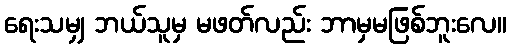
ရေးသမျှ ဘယ်သူမှ မဖတ်လည်း ဘာမှမဖြစ်ဘူးလေ။